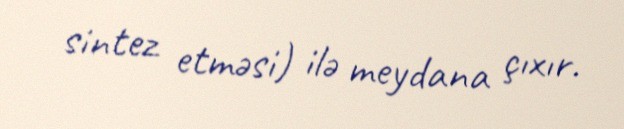
sintez etməsi) ilə meydana çıxır.